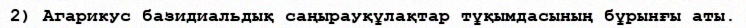
2) Агарикус базидиальдық саңырауқұлақтар тұқымдасының бұрынғы аты.